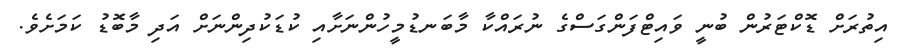
އިތުރަށް ޑޮކްޓަރުން ބުނީ ވައިޓްފަންގަސްގެ ނުރައްކާ މާބަނޑުމީހުންނަށާއި ކުޑަކުދިންނަށް އަދި މާބޮޑު ކަމަށެވެ.